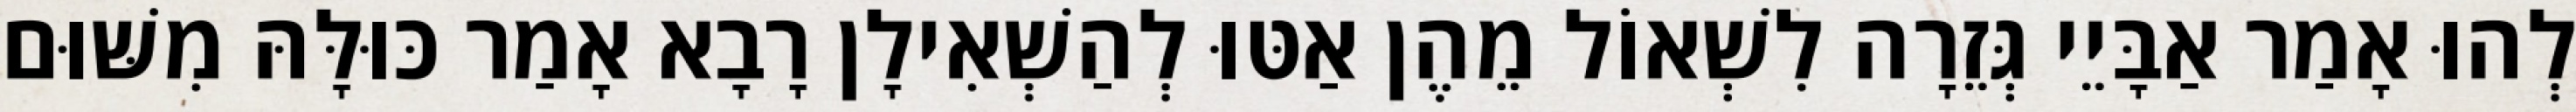
לְהוּ אָמַר אַבָּיֵי גְּזֵרָה לִשְׁאוֹל מֵהֶן אַטּוּ לְהַשְׁאִילָן רָבָא אָמַר כּוּלָּהּ מִשּׁוּם